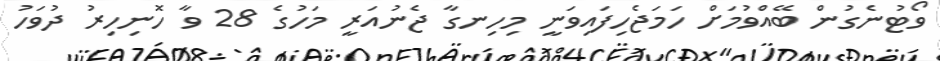
ވޯޓުނެގުން ބޭއްވުމަށް ހަމަޖެހިފައިވަނީ މިހިނގާ ޖެނުއަރީ މަހުގެ 28 ވާ ހޮނިހިރު ދުވަހު